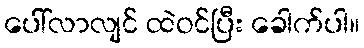
ပေါ်လာလျင် ထဲဝင်ပြီး ခေါက်ပါ။